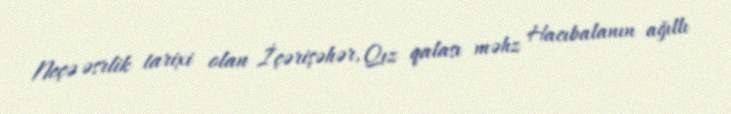
Neçə əsrlik tarixi olan İçərişəhər, Qız qalası məhz Hacıbalanın ağıllı